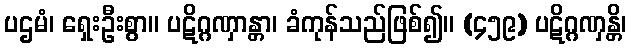
ပဌမံ၊ ရှေးဦးစွာ။ ပဋိဂ္ဂဏှာန္တာ၊ ခံကုန်သည်ဖြစ်၍။ (၄၅၉) ပဋိဂ္ဂဏှန္တိ၊